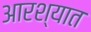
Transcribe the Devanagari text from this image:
आरश्यात